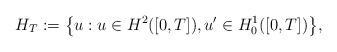
LaTeX: \begin{align*}H_T:=\bigl\{u: u\in H^2([0, T]), u'\in H^1_0([0, T])\bigr\},\end{align*}